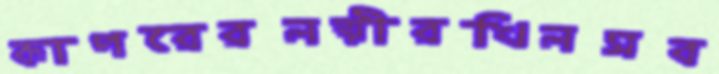
কাপরেরলক্ষ্মীরখিলসব